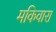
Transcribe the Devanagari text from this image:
मकिवारा